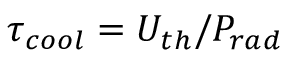
\tau _ { c o o l } = U _ { t h } / P _ { r a d }